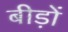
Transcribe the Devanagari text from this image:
बीड़ों